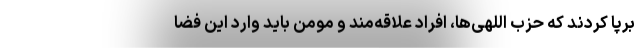
برپا کردند که حزب اللهی‌ها، افراد علاقه‌مند و مومن باید وارد این فضا